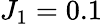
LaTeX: J_{1}=0.1